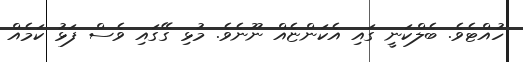
ހުއްޓެވެ. ބެލްކަނީ ގައި އެކަންޏެއް ނޫނެވެ. މުޅި ގޭގައި ވެސް ފަޅު ކަމެއް